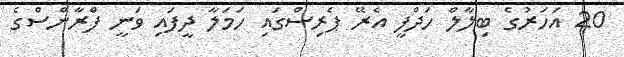
20 އަހަރުގެ ބިލާލް ހަދްފީ އެރޭ ޕެރިސްގައި ހަމަލާ ދީފައި ވަނީ ފްރާންސްގެ